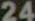
24